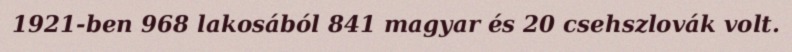
1921-ben 968 lakosából 841 magyar és 20 csehszlovák volt.